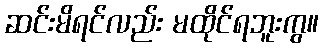
ဆင်းမိရင်လည်း မထိုင်ရဘူးကွ။